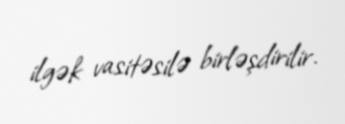
ilgək vasitəsilə birləşdirilir.